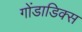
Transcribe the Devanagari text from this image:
गोंडाडिक्‍स